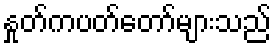
နှုတ်ကပတ်တော်များသည်